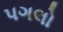
પગલો